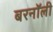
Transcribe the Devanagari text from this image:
बरनॉली